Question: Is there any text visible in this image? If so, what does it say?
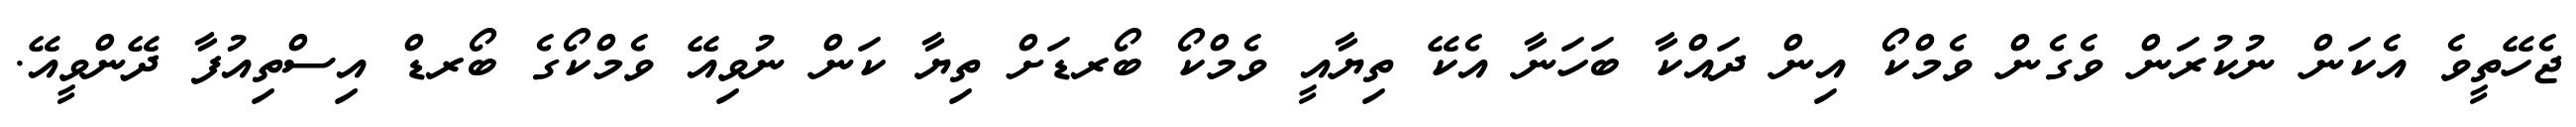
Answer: ޖެހޭތީވެ އެކަން ނުކުރަން ވެގެން ވެމްކޯ އިން ދައްކާ ބަހަނާ އެކޭ ތިޔާއީ ވެމްކޯ ބޯރޑަށް ތިޔާ ކަން ނުވިއޭ ވެމްކޯގެ ބޯރޑް އިސްތިއުފާ ދޭންވީއޭ.